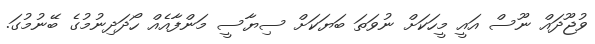
ވުޖޫދައް ނޫސް އައީ މީހަކަށް ނުވަތަ ބަޔަކަށް ސިޔާސީ މަންފާއެއް ހޯދަދިނުމުގެ ބޭނުމުގަ.